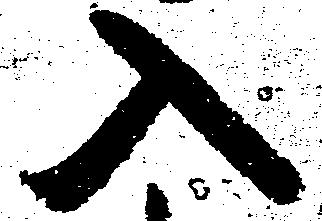
入